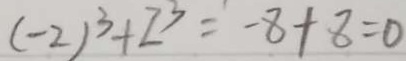
( - 2 ) ^ { 3 } + 2 ^ { 3 } = - 8 + 8 = 0